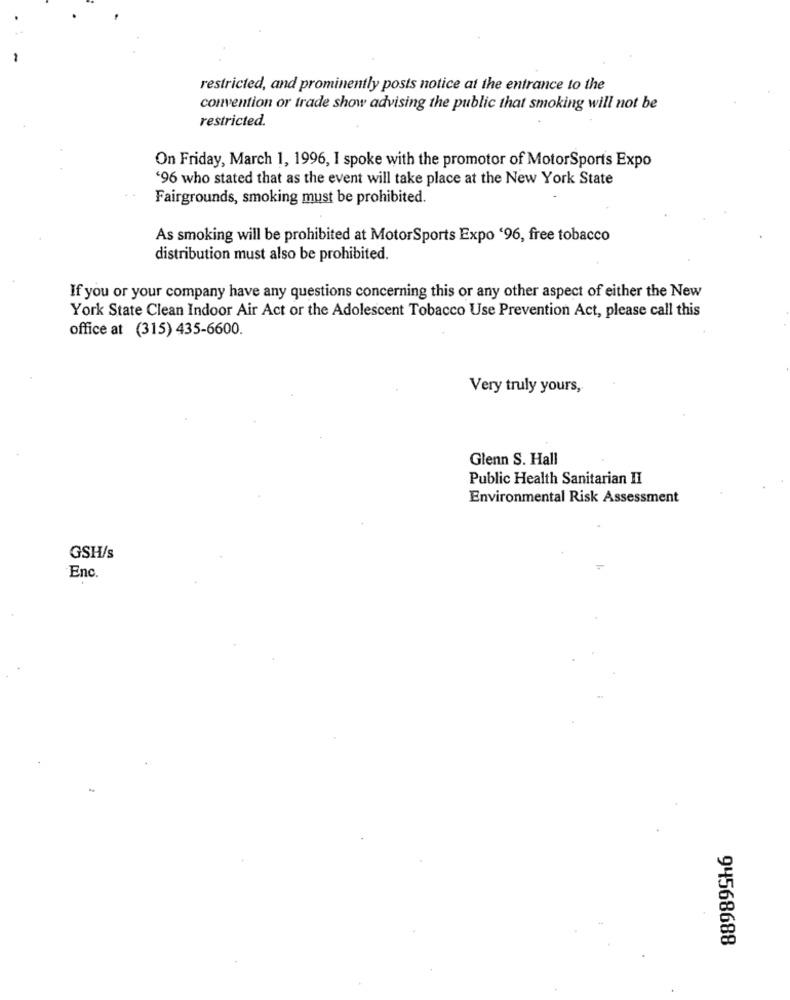
restricted, and prominently posts notice at the entrance to the
convention or trade show advising the public that smoking will not be
restricted.
On Friday, March 1, 1996, I spoke with the promotor of MotorSports Expo
'96 who stated that as the event will take place at the New York State
Fairgrounds, smoking must be prohibited.
As smoking will be prohibited at MotorSports Expo '96, free tobacco
distribution must also be prohibited.
If you or your company have any questions concerning this or any other aspect of either the New
York State Clean Indoor Air Act or the Adolescent Tobacco Use Prevention Act, please call this
office at (315) 435-6600.
Very truly yours,
Glenn S. Hall
Public Health Sanitarian II
Environmental Risk Assessment
GSH/s
Enc.
94568688